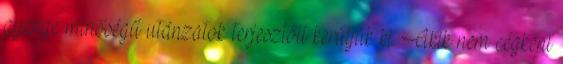
gyenge minőségű utánzatok terjesztőit kerüljük ki. Akik nem cégként